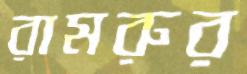
রামরুর